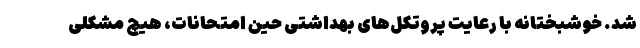
شد. خوشبختانه با رعایت پروتکل‌های بهداشتی حین امتحانات، هیچ مشکلی